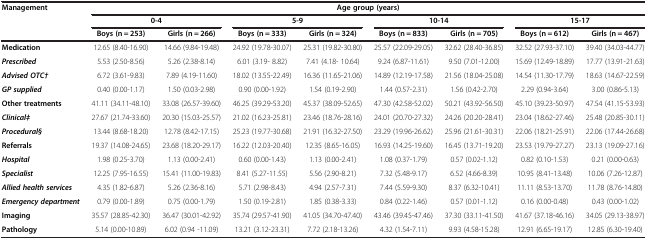
<table><thead><tr><td rowspan="3"><b>Management</b></td><td colspan="8"><b>Age group (years)</b></td></tr><tr><td colspan="2"><b>0-4</b></td><td colspan="2"><b>5-9</b></td><td colspan="2"><b>10-14</b></td><td colspan="2"><b>15-17</b></td></tr><tr><td><b>Boys (n = 253)</b></td><td><b>Girls (n = 266)</b></td><td><b>Boys (n = 333)</b></td><td><b>Girls (n = 324)</b></td><td><b>Boys (n = 833)</b></td><td><b>Girls (n = 705)</b></td><td><b>Boys (n = 612)</b></td><td><b>Girls (n = 467)</b></td></tr></thead><tbody><tr><td><b>Medication</b></td><td>12.65 (8.40-16.90)</td><td>14.66 (9.84-19.48)</td><td>24.92 (19.78-30.07)</td><td>25.31 (19.82-30.80)</td><td>25.57 (22.09-29.05)</td><td>32.62 (28.40-36.85)</td><td>32.52 (27.93-37.10)</td><td>39.40 (34.03-44.77)</td></tr><tr><td><b><i>Prescribed</i></b></td><td>5.53 (2.50-8.56)</td><td>5.26 (2.38-8.14)</td><td>6.01 (3.19- 8.82)</td><td>7.41 (4.18- 10.64)</td><td>9.24 (6.87-11.61)</td><td>9.50 (7.01-12.00)</td><td>15.69 (12.49-18.89)</td><td>17.77 (13.91-21.63)</td></tr><tr><td><b><i>Advised OTC</i></b><b><i>†</i></b></td><td>6.72 (3.61-9.83)</td><td>7.89 (4.19-11.60)</td><td>18.02 (13.55-22.49)</td><td>16.36 (11.65-21.06)</td><td>14.89 (12.19-17.58)</td><td>21.56 (18.04-25.08)</td><td>14.54 (11.30-17.79)</td><td>18.63 (14.67-22.59)</td></tr><tr><td><b><i>GP supplied</i></b></td><td>0.40 (0.00-1.17)</td><td>1.50 (0.03-2.98)</td><td>0.90 (0.00-1.92)</td><td>1.54 (0.19-2.90)</td><td>1.44 (0.57-2.31)</td><td>1.56 (0.42-2.70)</td><td>2.29 (0.94-3.64)</td><td>3.00 (0.86-5.13)</td></tr><tr><td><b>Other treatments</b></td><td>41.11 (34.11-48.10)</td><td>33.08 (26.57-39.60)</td><td>46.25 (39.29-53.20)</td><td>45.37 (38.09-52.65)</td><td>47.30 (42.58-52.02)</td><td>50.21 (43.92-56.50)</td><td>45.10 (39.23-50.97)</td><td>47.54 (41.15-53.93)</td></tr><tr><td><b><i>Clinical‡</i></b></td><td>27.67 (21.74-33.60)</td><td>20.30 (15.03-25.57)</td><td>21.02 (16.23-25.81)</td><td>23.46 (18.76-28.16)</td><td>24.01 (20.70-27.32)</td><td>24.26 (20.20-28.41)</td><td>23.04 (18.62-27.46)</td><td>25.48 (20.85-30.11)</td></tr><tr><td><b><i>Procedural§</i></b></td><td>13.44 (8.68-18.20)</td><td>12.78 (8.42-17.15)</td><td>25.23 (19.77-30.68)</td><td>21.91 (16.32-27.50)</td><td>23.29 (19.96-26.62)</td><td>25.96 (21.61-30.31)</td><td>22.06 (18.21-25.91)</td><td>22.06 (17.44-26.68)</td></tr><tr><td><b>Referrals</b></td><td>19.37 (14.08-24.65)</td><td>23.68 (18.20-29.17)</td><td>16.22 (12.03-20.40)</td><td>12.35 (8.65-16.05)</td><td>16.93 (14.25-19.60)</td><td>16.45 (13.71-19.20)</td><td>23.53 (19.79-27.27)</td><td>23.13 (19.09-27.16)</td></tr><tr><td><b><i>Hospital</i></b></td><td>1.98 (0.25-3.70)</td><td>1.13 (0.00-2.41)</td><td>0.60 (0.00-1.43)</td><td>1.13 (0.00-2.41)</td><td>1.08 (0.37-1.79)</td><td>0.57 (0.02-1.12)</td><td>0.82 (0.10-1.53)</td><td>0.21 (0.00-0.63)</td></tr><tr><td><b><i>Specialist</i></b></td><td>12.25 (7.95-16.55)</td><td>15.41 (11.00-19.83)</td><td>8.41 (5.27-11.55)</td><td>5.56 (2.90-8.21)</td><td>7.32 (5.48-9.17)</td><td>6.52 (4.66-8.39)</td><td>10.95 (8.41-13.48)</td><td>10.06 (7.26-12.87)</td></tr><tr><td><b><i>Allied health services</i></b></td><td>4.35 (1.82-6.87)</td><td>5.26 (2.36-8.16)</td><td>5.71 (2.98-8.43)</td><td>4.94 (2.57-7.31)</td><td>7.44 (5.59-9.30)</td><td>8.37 (6.32-10.41)</td><td>11.11 (8.53-13.70)</td><td>11.78 (8.76-14.80)</td></tr><tr><td><b><i>Emergency department</i></b></td><td>0.79 (0.00-1.89)</td><td>0.75 (0.00-1.79)</td><td>1.50 (0.19-2.81)</td><td>1.85 (0.38-3.33)</td><td>0.84 (0.22-1.46)</td><td>0.57 (0.01-1.12)</td><td>0.16 (0.00-0.48)</td><td>0.43 (0.00-1.02)</td></tr><tr><td><b>Imaging</b></td><td>35.57 (28.85-42.30)</td><td>36.47 (30.01-42.92)</td><td>35.74 (29.57-41.90)</td><td>41.05 (34.70-47.40)</td><td>43.46 (39.45-47.46)</td><td>37.30 (33.11-41.50)</td><td>41.67 (37.18-46.16)</td><td>34.05 (29.13-38.97)</td></tr><tr><td><b>Pathology</b></td><td>5.14 (0.00-10.89)</td><td>6.02 (0.94 -11.09)</td><td>13.21 (3.12-23.31)</td><td>7.72 (2.18-13.26)</td><td>4.32 (1.54-7.11)</td><td>9.93 (4.58-15.28)</td><td>12.91 (6.65-19.17)</td><td>12.85 (6.30-19.40)</td></tr></tbody></table>